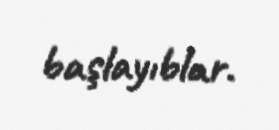
başlayıblar.